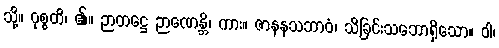
သို့။ ဝုစ္စတိ၊ ၏။ ဉာတဋ္ဌေ ဉာဏေန္တိ၊ ကား။ ဇာနနသဘာဝံ၊ သိခြင်းသဘောရှိသော။ ဝါ၊